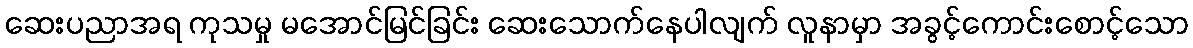
ဆေးပညာအရ ကုသမှု မအောင်မြင်ခြင်း ဆေးသောက်နေပါလျက် လူနာမှာ အခွင့်ကောင်းစောင့်သော